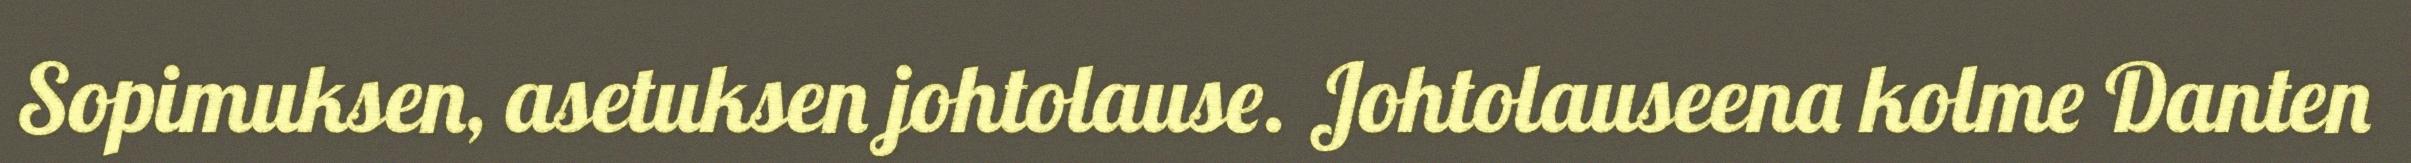
Sopimuksen, asetuksen johtolause. Johtolauseena kolme Danten